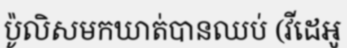
ប៉ូលិសមកឃាត់បានឈប់ (វីដេអូ